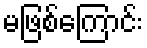
မဖြစ်ကြောင်း